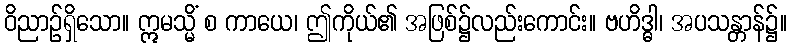
ဝိညာဉ်ရှိသော။ ဣမသ္မိံ စ ကာယေ၊ ဤကိုယ်၏ အဖြစ်၌လည်းကောင်း။ ဗဟိဒ္ဓါ၊ အပသန္တာန်၌။